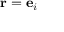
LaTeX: \mathbf { r } = \mathbf { e } _ { i }